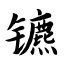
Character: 镳